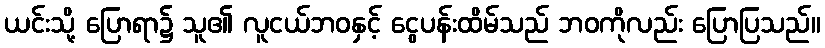
ယင်းသို့ ပြောရာ၌ သူ၏ လူငယ်ဘဝနှင့် ငွေပန်းထိမ်သည် ဘဝကိုလည်း ပြောပြသည်။